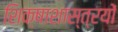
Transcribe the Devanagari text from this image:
शिक्षाशास्त्रयों